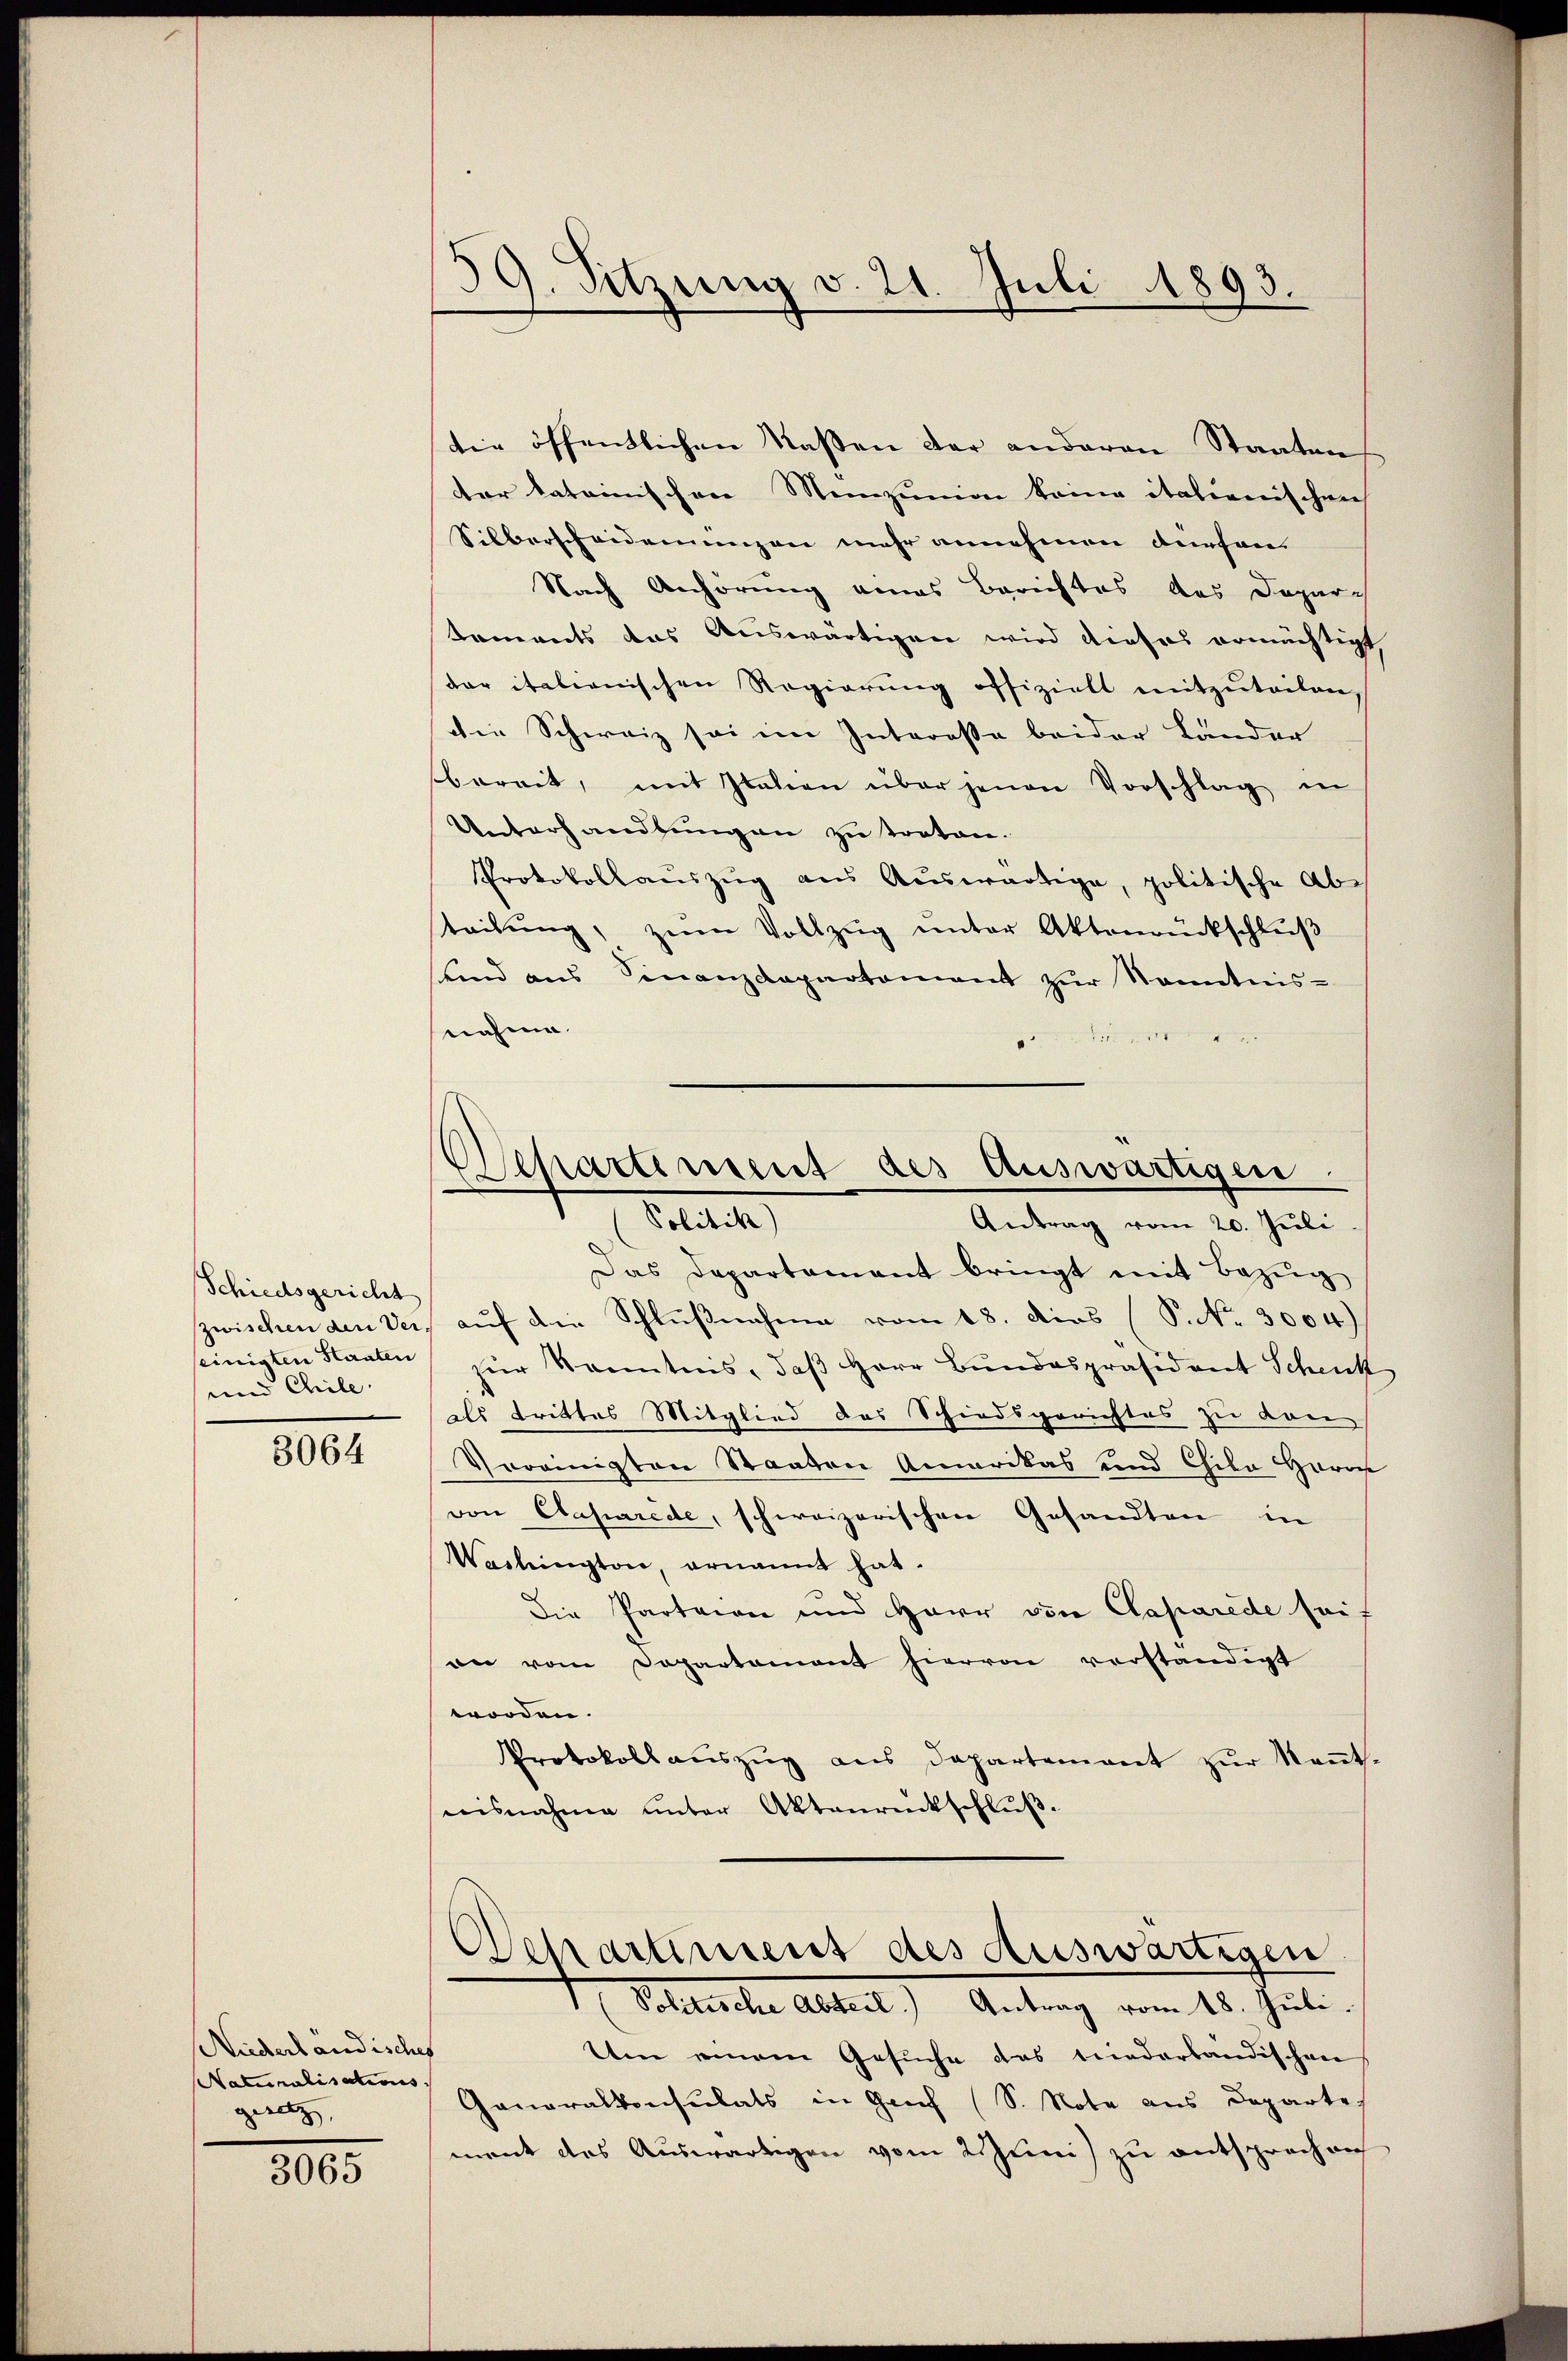
Schiedsgericht
seinigten Staaten
und Chile.

3064

Niederländisches
Naturalisations. |
gerat,

3065

59. Sitzung v. 21. Juli 1893.

die öffentlichen Nassen der anderen Staaten
der lateinischen Meinzunion keine italienischen
Silberscheidernengen mehr annehmen dürfen.
Nach Anhörung eines Berichtes des Daparch
Koments das Auswärtigen wird dieses ermächtigt
der italienischen Regierung offizielt mitzuteilen,
die Schweiz sei im Interesse beider Länder
bereit, mit Italien über jenen Vorschlag in
Unterhandlungen zu treten.
Protokollaŭszŭg aŭs Aŭswärtige, politische Abteilŭng, zŭm Vollzŭg ŭnter Aktenrückschlŭβ
sind ans Finanzdepartement zŭr Sonntnis-
nahme.

Departement des Auswärtigen.
Sitte
Antrag vom 20. Juli

Das Departament bringt mit Bezug
zwischen den der aŭf die Schlußnahme vom 18. dies (S. Nr. 3004)
zur Kenntnis, daß Herr Bundespräsident Schenk
als trittes Mitglied des Schiedsgerichtes zu dan
Vereinigten Staaten Amerikas und Chika Herrn
von Caparede, schweizerischen Gesandten in
Washington, ernannt hat.
Die Parteien und Herr von Caparede seit
on vom Departament hiervon verständigt
worden.
Protokollauszug aus Departement zur Kenntnisnahme unter Aktenrückschluß.

Departiment des Auswärtigen
4. Alleiche Alter Antrag vom 21. Juli.

tten einem Gesuche das niederbändischen
Generalkonsulats in Genf (S. Note aus Departe
ment des Auswärtigen vom 2. Juni zu entsprochen